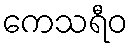
ကေသရီဝ